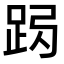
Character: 𨀇